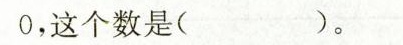
0，这个数是( )。